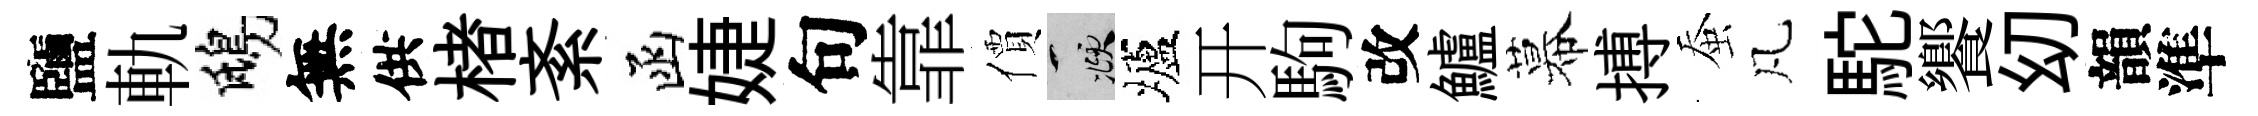
鹽軌鴟無供楮紊函婕句靠價頫壚开駒改鱸幕搏蚕凡駝饗㓜韻準